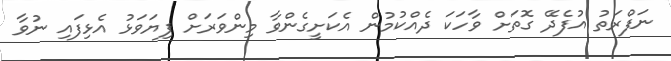
ނަފްރަތު އުފެދޭ ގޮތަށް ވާހަކަ ދެއްކުމުން އެކަށީގެންވާ މިންވަރަށް ފިޔަވަޅު އެޅިފައި ނުވާ